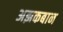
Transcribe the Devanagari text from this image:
अझकबान